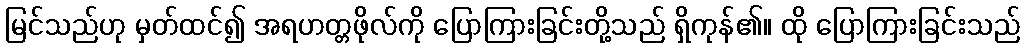
မြင်သည်ဟု မှတ်ထင်၍ အရဟတ္တဖိုလ်ကို ပြောကြားခြင်းတို့သည် ရှိကုန်၏။ ထို ပြောကြားခြင်းသည်